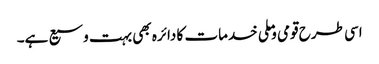
اسی طرح قومی وملی خدمات کا دائرہ بھی بہت وسیع ہے۔